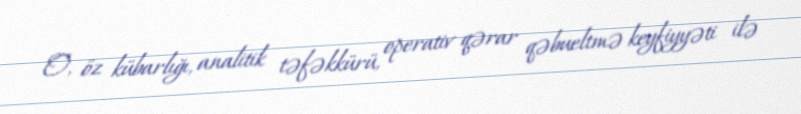
O, öz kübarlığı, analitik təfəkkürü, operativ qərar qəbueltmə keyfiyyəti ilə